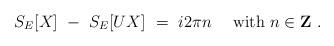
LaTeX: \begin{align*}S_{E}[X]\ -\ S_{E}[UX]\ =\ i2\pi n\quad\mbox{ with\ $n \in{\bf Z}$}\ .\end{align*}